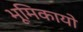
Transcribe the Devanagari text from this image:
भूमिकायो